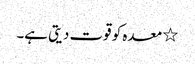
٭ معدہ کو قوت دیتی ہے۔